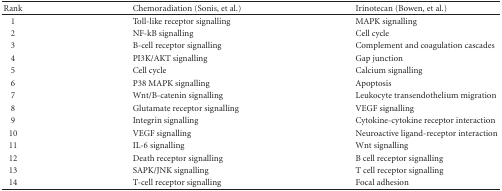
<table><thead><tr><td><b>Rank</b></td><td><b>Chemoradiation (Sonis, et al.)</b></td><td><b>Irinotecan (Bowen, et al.)</b></td></tr></thead><tbody><tr><td>1</td><td>Toll-like receptor signalling</td><td>MAPK signalling</td></tr><tr><td>2</td><td>NF-kB signalling</td><td>Cell cycle</td></tr><tr><td>3</td><td>B-cell receptor signalling</td><td>Complement and coagulation cascades</td></tr><tr><td>4</td><td>PI3K/AKT signalling</td><td>Gap junction</td></tr><tr><td>5</td><td>Cell cycle</td><td>Calcium signalling</td></tr><tr><td>6</td><td>P38 MAPK signalling</td><td>Apoptosis</td></tr><tr><td>7</td><td>Wnt/B-catenin signalling</td><td>Leukocyte transendothelium migration</td></tr><tr><td>8</td><td>Glutamate receptor signalling</td><td>VEGF signalling</td></tr><tr><td>9</td><td>Integrin signalling</td><td>Cytokine-cytokine receptor interaction</td></tr><tr><td>10</td><td>VEGF signalling</td><td>Neuroactive ligand-receptor interaction</td></tr><tr><td>11</td><td>IL-6 signalling</td><td>Wnt signalling</td></tr><tr><td>12</td><td>Death receptor signalling</td><td>B cell receptor signalling</td></tr><tr><td>13</td><td>SAPK/JNK signalling</td><td>T cell receptor signalling</td></tr><tr><td> 14 </td><td>T-cell receptor signalling</td><td>Focal adhesion</td></tr></tbody></table>